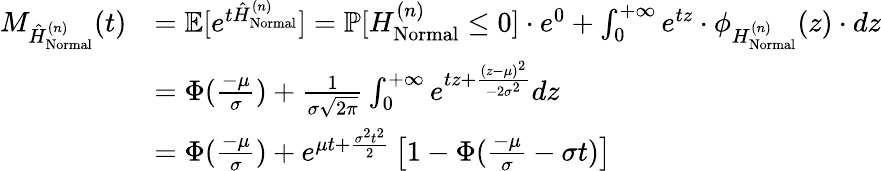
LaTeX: \begin{array}{rl}{M_{\hat{H}_{\mathrm{Normal}}^{(n)}}(t)}&{=\mathbb{E}[e^{t\hat{H}_{\mathrm{Normal}}^{(n)}}]=\mathbb{P}[H_{\mathrm{Normal}}^{(n)}\leq 0]\cdot e^{0}+\int_{0}^{+\infty}e^{tz}\cdot\phi_{{H}_{\mathrm{Normal}}^{(n)}}{(z)}\cdot dz}\\ &{=\Phi(\frac{-\mu}{\sigma})+\frac{1}{\sigma\sqrt{2\pi}}\int_{0}^{+\infty}e^{tz+\frac{(z-\mu)^{2}}{-2\sigma^{2}}}dz}\\ &{=\Phi(\frac{-\mu}{\sigma})+e^{\mu t+\frac{\sigma^{2}t^{2}}{2}}\left[1-\Phi(\frac{-\mu}{\sigma}-\sigma t)\right]}\end{array}